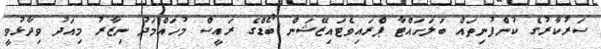
ސަރުކާރުގެ ކުންފުނިތައް ބަލަހައްޓާ ޕްރައިވެޓައިޒޭޝަން ބޯޑްގެ ރައީސް މުހައްމަދު ނިޒާރު މިއަދު ވިދާޅުވީ